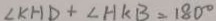
\angle K H D + \angle H K B = 1 8 0 ^ { \circ }